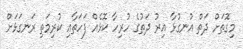
މިގޮތަށް ދަތް އުނގުޅާ އިރު ދަތުގެ ހުރިހާ ކޮޅެއް ފަހަތާއި ކުރިމަތި ރަނގަޅަށް